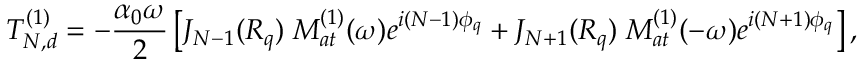
T _ { N , d } ^ { ( 1 ) } = - \frac { \alpha _ { 0 } \omega } { 2 } \left[ J _ { N - 1 } ( { \cal R } _ { q } ) \; { \cal M } _ { a t } ^ { ( 1 ) } ( \omega ) e ^ { i ( N - 1 ) \phi _ { q } } + J _ { N + 1 } ( { \cal R } _ { q } ) \; { \cal M } _ { a t } ^ { ( 1 ) } ( - \omega ) e ^ { i ( N + 1 ) \phi _ { q } } \right] ,